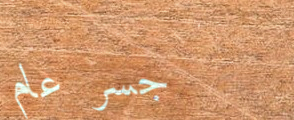
جسر عام